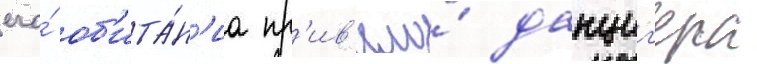
его́ об'ита́н'иа пр'ив'ело́ данциг'ера